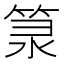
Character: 𥭼